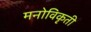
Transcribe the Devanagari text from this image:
मनोविकृती